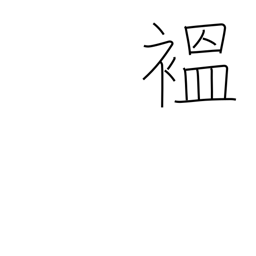
Meaning: robe